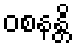
ဝစနန္တိ